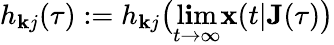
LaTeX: h_{\mathbf{k}j}(\tau):=h_{\mathbf{k}j}\big(\operatorname*{l\mathbf{i}m}_{t\rightarrow\infty}\mathbf{{x}}(t|\mathbf{{J}}(\tau)\big)